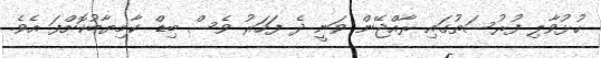
ހުޅުވާލި ފުރުސަތުގައި ރާއްޖޭން ވަނީ ދެ ފަހަރު ވެސް ބިޑް ކާމިޔާބުކޮށްފަ އެވެ.